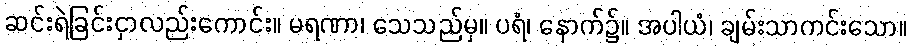
ဆင်းရဲခြင်းငှာလည်းကောင်း။ မရဏာ၊ သေသည်မှ။ ပရံ၊ နောက်၌။ အပါယံ၊ ချမ်းသာကင်းသော။